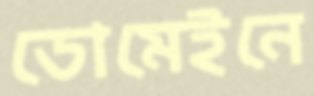
ডোমেইনে